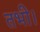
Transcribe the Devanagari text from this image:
तभी।